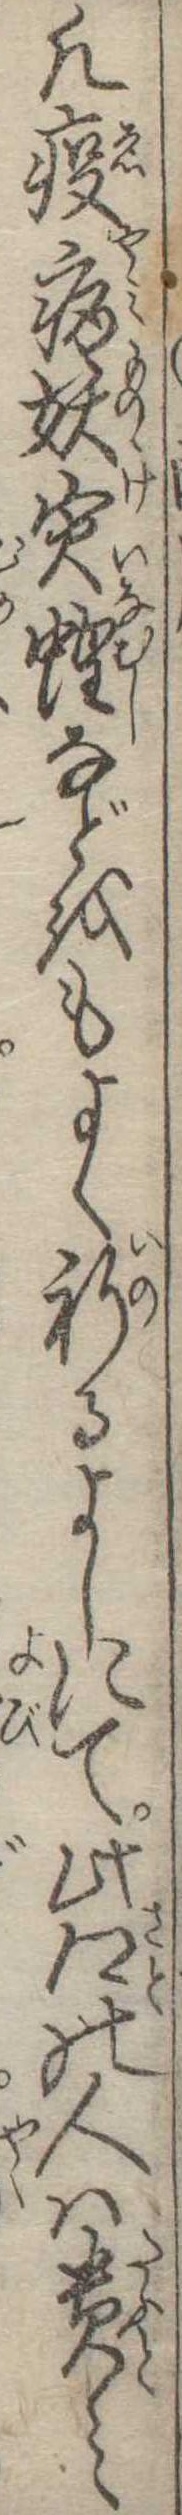
凡疫病妖寅蝗などをもよく祈るよしにて此郷の人は貴み